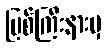
မြစ်ကြီးနားမှ